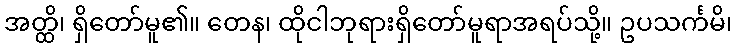
အတ္ထိ၊ ရှိတော်မူ၏။ တေန၊ ထိုငါဘုရားရှိတော်မူရာအရပ်သို့။ ဥပသင်္ကမိ၊